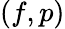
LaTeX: (f,p)